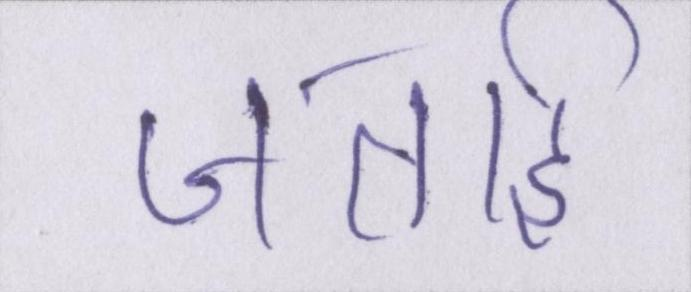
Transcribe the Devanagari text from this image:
जताई